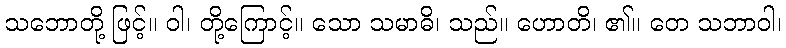
သဘောတို့ ဖြင့်။ ဝါ၊ တို့ကြောင့်။ သော သမာဓိ၊ သည်။ ဟောတိ၊ ၏။ တေ သဘာဝါ၊